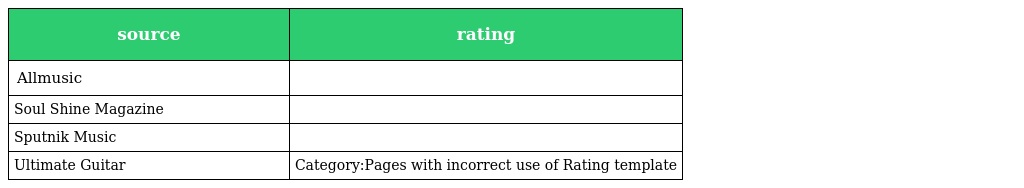
| source | rating |
 | --- | --- |
 | Allmusic |  |
 | Soul Shine Magazine |  |
 | Sputnik Music |  |
 | Ultimate Guitar | Category:Pages with incorrect use of Rating template |